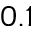
0 . 1